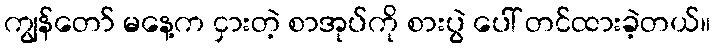
ကျွန်တော် မနေ့က ငှားတဲ့ စာအုပ်ကို စားပွဲ ပေါ် တင်ထားခဲ့တယ်။